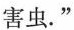
害虫.”